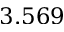
3 . 5 6 9